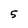
Character: 5